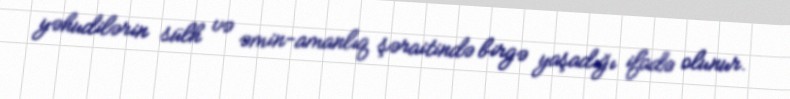
yəhudilərin sülh və əmin-amanlıq şəraitində birgə yaşadığı ifadə olunur.